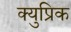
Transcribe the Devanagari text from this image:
क्युप्रिक